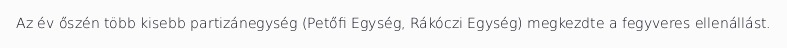
Az év őszén több kisebb partizánegység (Petőfi Egység, Rákóczi Egység) megkezdte a fegyveres ellenállást.